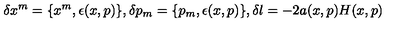
\delta { x ^ { m } } = \{ x ^ { m } , \epsilon ( x , p ) \} , \delta { p _ { m } } = \{ p _ { m } , \epsilon ( x , p ) \} , \delta \l = - 2 a ( x , p ) H ( x , p )